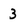
Character: 3